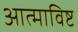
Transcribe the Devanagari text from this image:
आत्माविष्ट